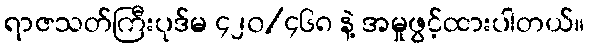
ရာဇသတ်ကြီးပုဒ်မ ၄၂၀/၄၆၈ နဲ့ အမှုဖွင့်ထားပါတယ်။